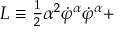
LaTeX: L \equiv \frac { _ 1 } { ^ 2 } \alpha ^ { 2 } \dot { \varphi } ^ { \alpha } \dot { \varphi } ^ { \alpha } +